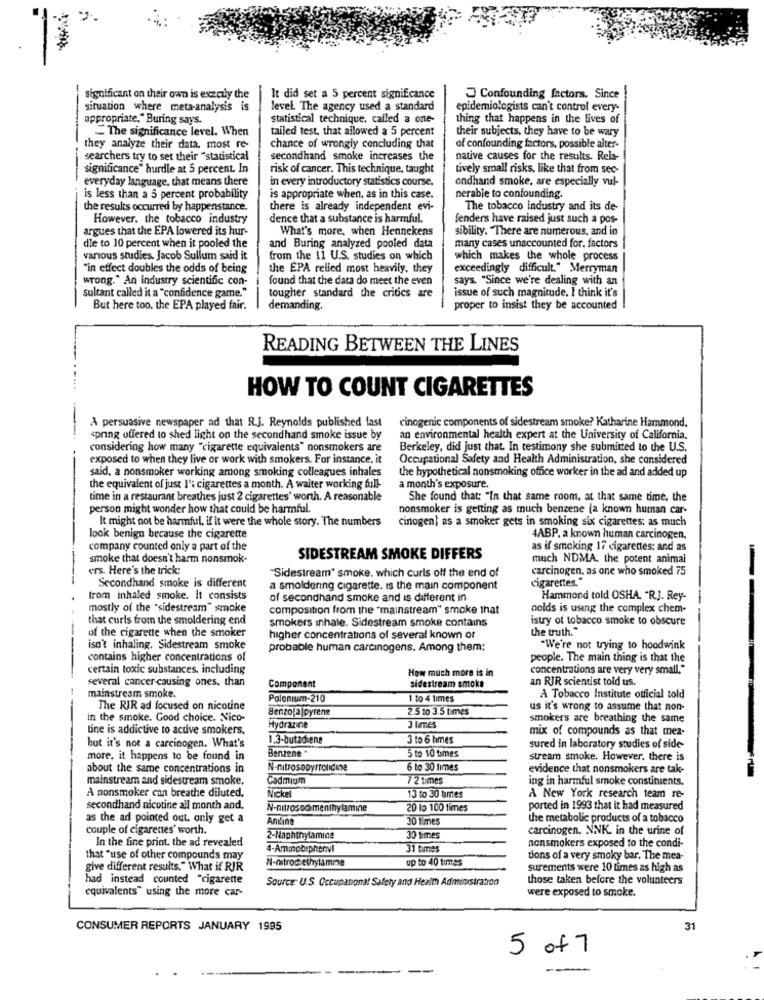
significant on their own is exactly the
It did set a 5 percent significance
Confounding factors. Since
situation where meta-analysis is
level The agency used a standard
epidemiologists can't control every-
appropriate," Buring says.
statistical technique, called a one-
thing that happens in the lives of
The significance level. When
tailed test, that allowed a 5 percent
their subjects, they have to be wary
they analyze their data, most re-
chance of wrongly concluding that
of confounding factors, possible alter-
searchers try to set their "statistical
secondhand smoke increases the
native causes for the results. Rela-
significance" hurdle at 5 percent. In
risk of cancer. This technique, taught
tively small risks, like that from sec-
everyday language. that means there
in every introductory statistics course.
ondhand smoke, are especially vul-
is less than a 5 percent probability
is appropriate when, as in this case.
nerable to confounding.
the results occurred by happenstance.
there is already independent evi-
The tobacco industry and its de-
However, the tobacco industry
dence that a substance is harmful.
fenders have raised just such a pos-
argues that the EPA lowered its hur-
What's more, when Hennekens
sibility. There are numerous, and in
die to 10 percent when it pooled the
and Buring analyzed pooled data
many cases unaccounted for. factors
various studies. Jacob Sullum said it
from the 11 U.S. studies on which
which makes the whole process
"in effect doubles the odds of being
the EPA relied most heavily, they
exceedingly difficult." Merryman
wrong." An industry scientific con-
found that the data do meet the even
says. "Since we're dealing with an
sultant called it a "confidence game."
issue of such magnitude. I think it's
tougher standard the critics are
But here too, the EPA played fair.
demanding.
proper to insist they be accounted
READING BETWEEN THE LINES
HOW TO COUNT CIGARETTES
A persuasive newspaper ad that R.J. Reynolds published last
cinogenic components of sidestream smoke? Katharine Hammond.
spring offered to shed light on the secondhand smoke issue by
an environmental health expert at the University of California.
considering how many "cigarette equivalents" nonsmokers are
Berkeley, did just that. In testimony she submitted to the U.S.
exposed to when they live or work with smokers. For instance, it
Occupational Safety and Health Administration, she considered
said, a nonsmoker working among smoking colleagues inhales
the hypothetical nonsmoking office worker in the ad and added up
the equivalent of just 1': cigarettes a month. A waiter working full-
a month's exposure.
time in a restaurant breathes just 2 cigarettes' worth. A reasonable
She found that: "In that same room, at that same time, the
person might wonder how that could be harmful.
nonsmoker is getting as much benzene (a known human car-
It might not be harmful, if it were the whole story. The numbers
cinogen] as a smoker gets in smoking six cigarettes: as much
-
Jook benign because the cigarette
4ABP. a known human carcinogen.
company counted only a part of the
as if smoking 17 cigarettes: and as
smoke that doesn't harm nonsmok-
SIDESTREAM SMOKE DIFFERS
much NDMA, the potent animal
ers. Here's the trick:
"Sidestream" smoke. which curls off the end of
carcinogen, as one who smoked 75
Secondhand smoke is different
cigarettes."
a smoldering cigarette. is the main component
from inhaled smoke. It consists
of secondhand smoke and is different in
Hammond told OSHA. "R.J. Rey-
..
mostly of the "sidestream" smoke
composition from the "mainstream" smoke that
nolds is using the complex chem-
that curls from the smoldering end
smokers inhale. Sidestream smoke contains
istry of tobacco smoke to obscure
of the cigarette when the smoker
the truth."
higher concentrations of several known or
isn't inhaling, Sidestream smoke
probable human carcinogens. Among them:
"We're not trying to hoodwink
contains higher concentrations of
people. The main thing is that the
certain toxic substances, including
How much more is in
concentrations are very very small."
several cancer -causing ones, than
an RIR scientist told us.
Component
sidestream smoke
mainstream smoke.
Polonium-210
1 10 4 times
A Tobacco Institute official told
The RIR ad focused on nicotine
Senzolajpyrene
2.5 10 3.5 times
us it's wrong to assume that non-
in the smoke. Good choice. Nico-
smokers are breathing the same
tine is addictive to active smokers,
Hydrazine
3 Imés
mix of compounds as that mea-
1.3-butadiene
3 to 6 times
but it's not a carcinogen. What's
Benzene "
5 to 10 times
sured in laboratory studies of side-
more, it happens to be found in
stream smoke. However, there is
about the same concentrations in
N-nitrosopyrrolidine
6 to 30 times
evidence that nonsmokers are tak-
mainstream and sidestream smoke.
Cadmium
7 2 times
ing in harmful smoke constituents,
A nonsmoker can breathe diluted.
Nickel
13 to 30 times
A New York research team re-
secondhand nicotine all month and.
N-nitrosodi menthylamine
20 lo 100 times
ported in 1993 that it had measured
as the ad pointed out. only get a
Andline
30 1 mes
the metabolic products of a tobacco
couple of cigarettes' worth.
carcinogen. NNK. in the urine of
In the fine print. the ad revealed
2-Naphthylamine
30 times
4-Aminobephenvi
31 times
nonsmokers exposed to the condi-
that "use of other compounds may
N-nitrodiethylamme
up to 40 times
tions of a very smoky bar. The mea-
give different results." What if RIR
surements were 10 times as high as
had instead counted "cigarette
Source: U.S. Occupational Safety and Health Administration
those taken before the volunteers
equivalents" using the more car-
were exposed to smoke.
CONSUMER REPORTS JANUARY 1995
31
5 of 7